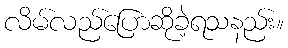
လိမ်လည်ပြောဆိုခဲ့ရသနည်း။